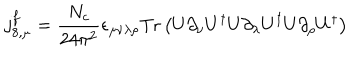
j _ { 8 , \mu } ^ { f } = \frac { N _ { c } } { 2 4 \pi ^ { 2 } } \epsilon _ { \mu \nu \lambda \rho } \mathrm { T r } \left( U \partial _ { \nu } U ^ { \dagger } U \partial _ { \lambda } U ^ { \dagger } U \partial _ { \rho } U ^ { \dagger } \right)